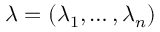
\lambda = ( \lambda _ { 1 } , \ldots , \lambda _ { n } )